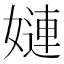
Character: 㜕